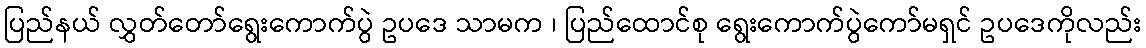
ပြည်နယ် လွှတ်တော်ရွေးကောက်ပွဲ ဥပဒေ သာမက ၊ ပြည်ထောင်စု ရွေးကောက်ပွဲကော်မရှင် ဥပဒေကိုလည်း